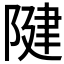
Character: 𨺩